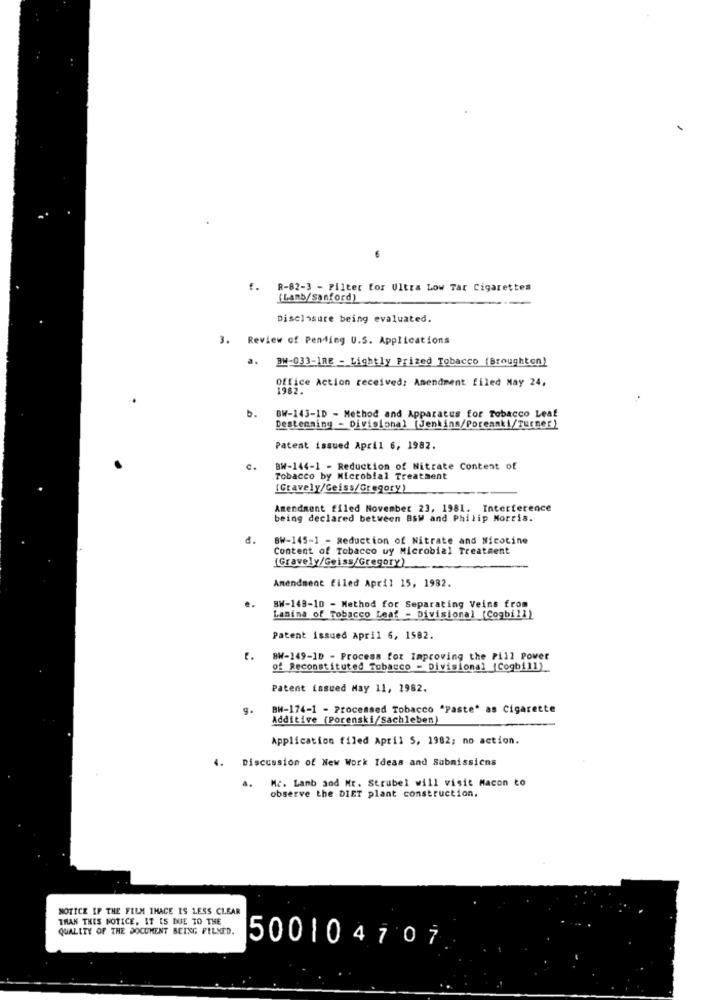
6
f.
R-82-3 - Filter for Ultra Low Tar Cigarettes
(Lanb/sanford)
Disclosure being evaluated.
3. Review of Pending U.S. Applications
.. BM-033-IRE - Lightly Prized Tobacco (Broughton)
Office Action received: Amendment filed May 24,
1982.
b.
BW-143-1D - Method and Apparatus for Tobacco Leaf
Destemming - Divisional [Jenkins/Porenaki/Turmes)
Patent issued April 6, 1982.
BW-144-1 - Reduction of Nitrate Content of
Tobacco by Microbial Treatment
(Gravely/Geiss/Gregory)
Amendment filed November 23, 1981. Interference
being declared between BsW and Philip Morris.
d.
BW-145-1 - Reduction of Nitrate and Nicotine
Content of Tobacco wy Microbial Treatment
[Gravely/Geiss/Gregory)
Amendment filed April 15, 1982.
BW-148-10 - Method for Separating Veins from
Lasina of Tobacco Leaf - Divisional (Cogbill)
Patent issued April 6, 1582.
t.
8W-149-10 - Process for Improving the Pill Power
of Reconstituted Tobacco - Divisional (Cogbill)
Patent issued May 11, 1982.
BH-174-1 - Processed Tobacco "Paste" as Cigarette
Additive (Porenski/Sachleben)
Application filed April 5, 1982; no action.
Discussion of New Work Ideas and Submissions
1.
Mc. Lamb and Mr. Strubel will visit Macon to
a.
observe the DIET plant construction.
NOTICE IP THE FILM IHACE IS LESS CLEAR
THAN THIS NOTICE, IT IS DUE TO THE
QUALITY OF THE DOCUMENT BEING FELNED.
500104707